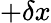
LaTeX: +\delta x